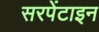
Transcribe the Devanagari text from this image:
सरपेंटाइन